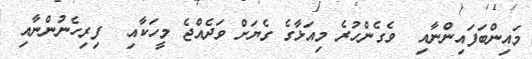
މައިންބަފައިންނާއި  ވެގެންހުރެ މިއަޅާގެ ގެޔަށް ވަދެއްޖެ މީހަކާއި  ފިރިހެނުންނާއި